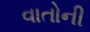
વાતોની